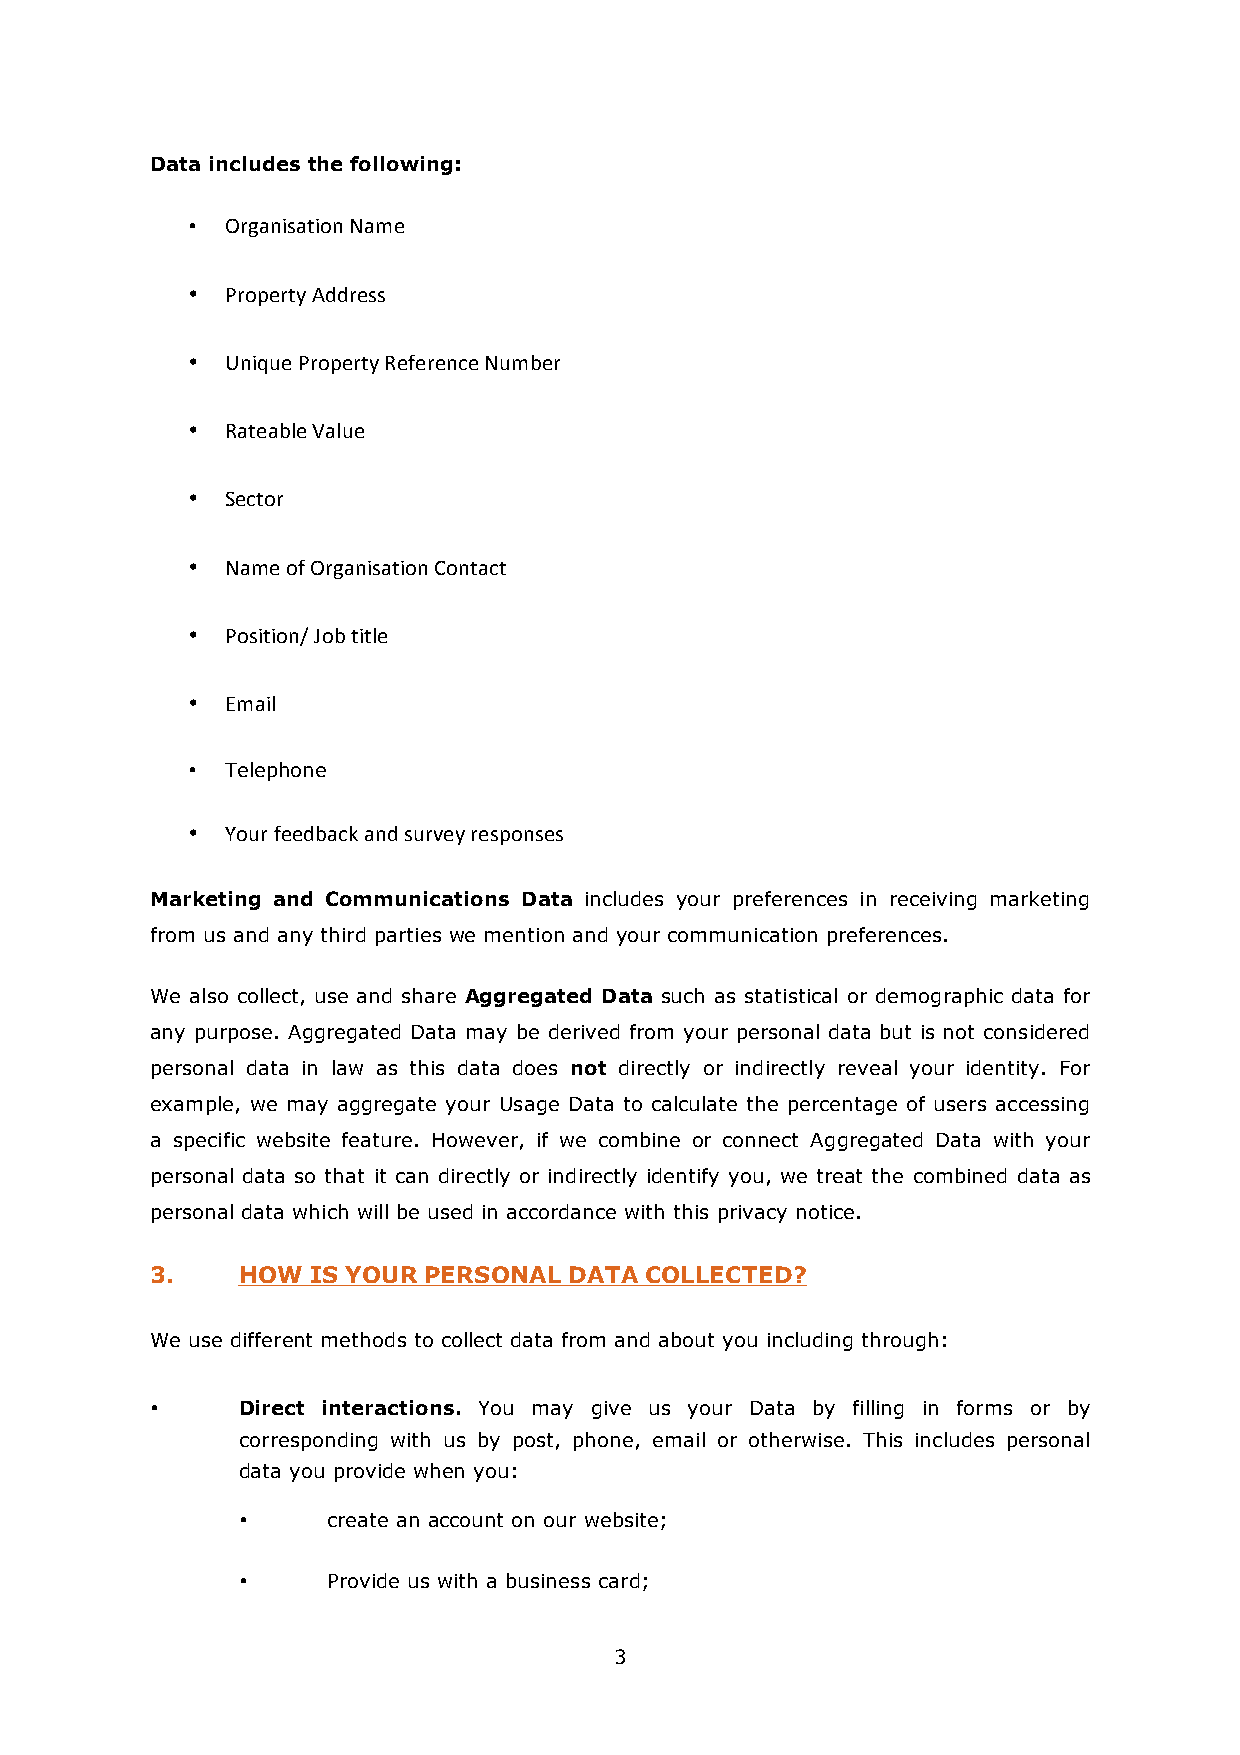
Data includes the following:
 •  Organisation Name
 •  Property Address
 •  Unique Property Reference Number
 •  Rateable Value
 •  Sector
 •  Name of Organisation Contact
 •  Position/ Job title
 •  Email
 •  Telephone
 •  Your feedback and survey responses
 Marketing and Communications Data includes your preferences in receiving marketing
 from us and any third parties we mention and your communication preferences.
 We also collect, use and share Aggregated Data such as statistical or demographic data for
 any purpose. Aggregated Data may be derived from your personal data but is not considered
 personal data in law as this data does not directly or indirectly reveal your identity. For
 example, we may aggregate your Usage Data to calculate the percentage of users accessing
 a specific website feature. However, if we combine or connect Aggregated Data with your
 personal data so that it can directly or indirectly identify you, we treat the combined data as
 personal data which will be used in accordance with this privacy notice.
 3.    HOW IS YOUR PERSONAL  DATA COLLECTED?
 We use different methods to collect data from and about you including through:
 •     Direct interactions. You may give us your Data by filling in forms or by
 corresponding with us by post, phone, email or otherwise. This includes personal
 data you provide when you:
 •     create an account on our website;
 •     Provide us with a business card;
 3